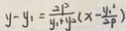
y - y _ { 1 } = \frac { 2 p } { y _ { 1 } + y _ { 2 } } ( x - \frac { y _ { 1 } ^ { 2 } } { 2 p } )